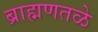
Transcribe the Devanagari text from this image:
ब्राह्मणतळे